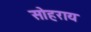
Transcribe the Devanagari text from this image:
सोहराय